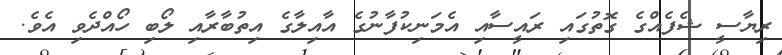
ރިޔާސީ ޝެފެއްގެ ގޮތުގައި ރައީސާއި އެމަނިކުފާނުގެ އާއިލާގެ އިތުބާރާއި ލޯބި ހޯއްދެވި އެވެ.